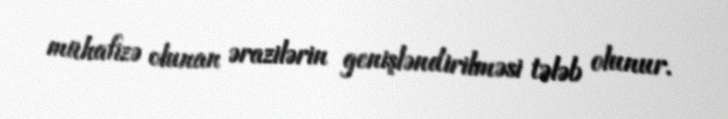
mühafizə olunan ərazilərin genişləndirilməsi tələb olunur.